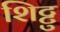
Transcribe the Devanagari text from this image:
शिट्टु